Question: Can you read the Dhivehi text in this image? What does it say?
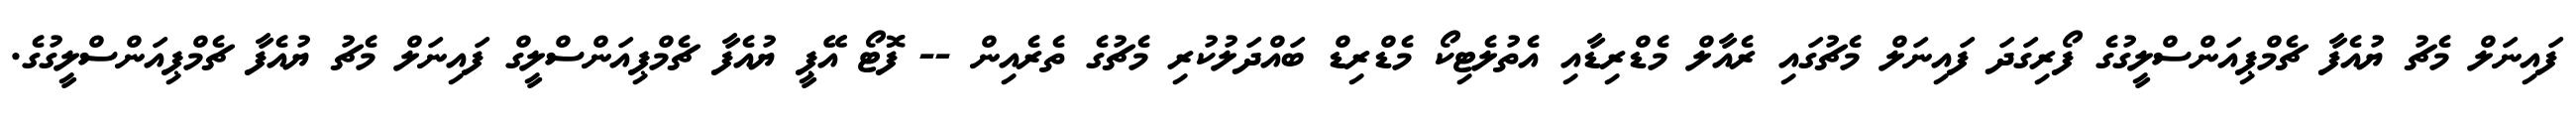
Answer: ފައިނަލް މެޗު ޔުއެފާ ޗެމްޕިއަންސްލީގުގެ ފޯރިގަދަ ފައިނަލް މެޗުގައި ރެއާލް މެޑްރިޑާއި އެތުލެޓިކޯ މެޑްރިޑް ބައްދަލުކުރި މެޗުގެ ތެރެއިން -- ފޮޓޯ އޭޕީ ޔުއެފާ ޗެމްޕިއަންސްލީގް ފައިނަލް މެޗު ޔުއެފާ ޗެމްޕިއަންސްލީގުގެ.